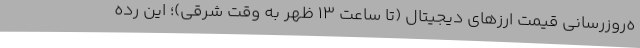
ه‌روزرسانی قیمت ارزهای دیجیتال (تا ساعت ۱۳ ظهر به وقت شرقی)؛ این رده